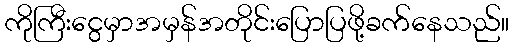
ကိုကြီးငွေမှာအမှန်အတိုင်းပြောပြဖို့ခက်နေသည်။